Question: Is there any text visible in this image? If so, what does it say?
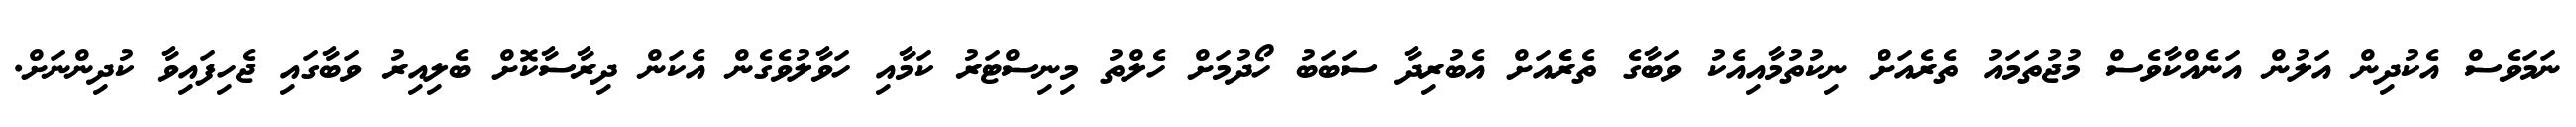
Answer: ނަމަވެސް އެކުދިން އަލުން އަނެއްކާވެސް މުޖުތަމައު ތެރެއަށް ނިކުތުމާއިއެކު ވަބާގެ ތެރެެއަށް އެބުރިދާ ސަބަބު ހޯދުމަށް ހެލްތު މިނިސްޓަރު ކަމާއި ހަވާލުވެގެން އެކަން ދިރާސާކޮށް ބެލިއިރު ވަބާގައި ޖެހިފައިވާ ކުދިންނަށް.